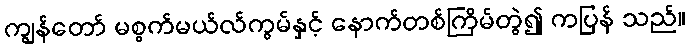
ကျွန်တော် မစ္စက်မယ်လ်ကွမ်နှင့် နောက်တစ်ကြိမ်တွဲ၍ ကပြန် သည်။